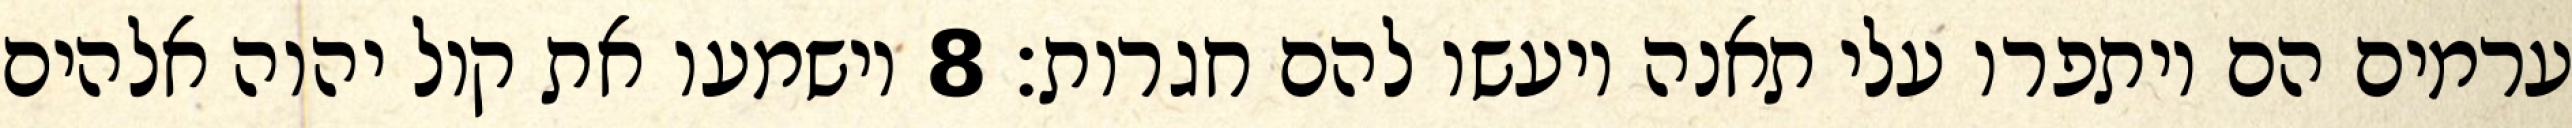
ערמים הם ויתפרו עלי תאנה ויעשו להם חגרות׃ ‎8‏ וישמעו את קול יהוה אלהים